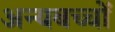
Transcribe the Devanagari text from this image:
अन्यबच्चों